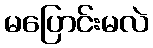
မပြောင်းမလဲ